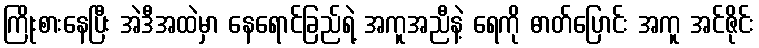
ကြိုးစားနေပြီး အဲဒီအထဲမှာ နေရောင်ခြည်ရဲ့ အကူအညီနဲ့ ရေကို ဓာတ်ပြောင်း အကူ အင်ဇိုင်း